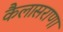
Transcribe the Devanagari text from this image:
कैलासराणा